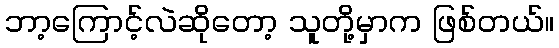
ဘာ့ကြောင့်လဲဆိုတော့ သူတို့မှာက ဖြစ်တယ်။